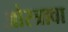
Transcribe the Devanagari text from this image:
ओस्त्रावा